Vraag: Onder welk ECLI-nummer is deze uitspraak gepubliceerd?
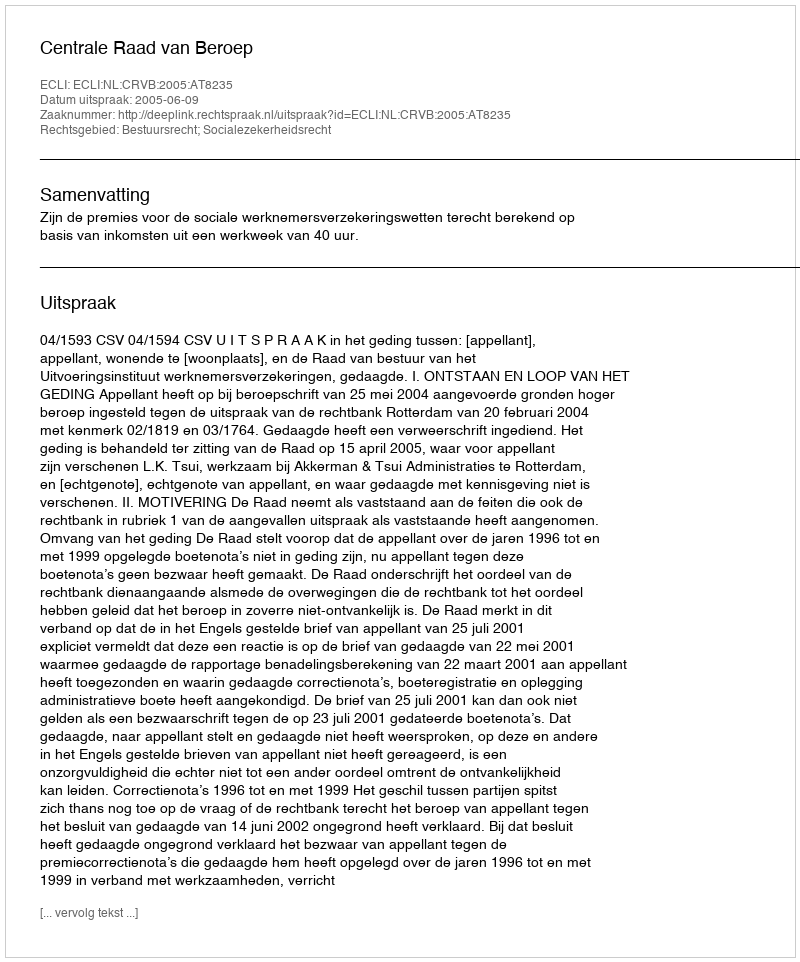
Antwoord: ECLI:NL:CRVB:2005:AT8235